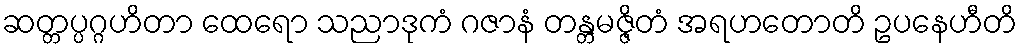
ဆတ္တပ္ပဂ္ဂဟိတာ ထေရော သညာဒုကံ ဂဇာနံ တန္တမဇ္ဇိတံ အရဟတောတိ ဥပနေဟီတိ